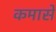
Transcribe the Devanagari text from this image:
कमासे